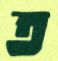
ত